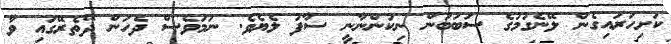
ކަށިހަރައިގެން ލޭނެގުމުގެ ސަބަބުން ނިކުންނާނީ ސާފު ލެޔެވެ. ނަމަވެސް ދެހަން ދޭތެރޭގައި ވާ